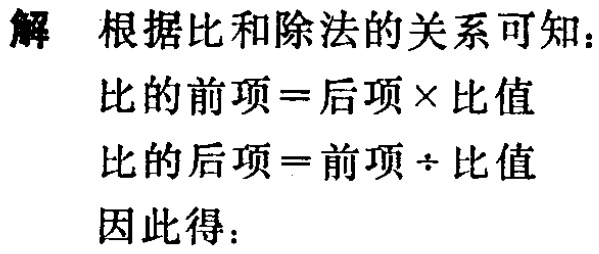
解 根据比和除法的关系可知：

比的前项=后项×比值

比的后项=前项÷比值

因此得：